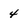
Character: 4